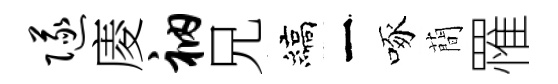
隧庱衲兄縞一啄蕳罹